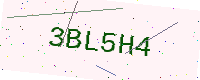
Text: 3BL5H4